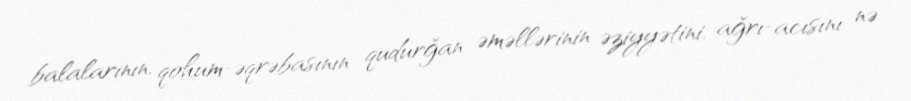
balalarının, qohum-əqrəbasının qudurğan əməllərinin əziyyətini, ağrı-acısını nə